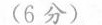
(6分)